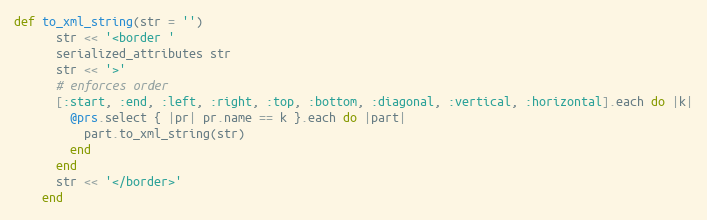
Language: Ruby
def to_xml_string(str = '')
      str << '<border '
      serialized_attributes str
      str << '>'
      # enforces order
      [:start, :end, :left, :right, :top, :bottom, :diagonal, :vertical, :horizontal].each do |k|
        @prs.select { |pr| pr.name == k }.each do |part|
          part.to_xml_string(str)
        end
      end
      str << '</border>'
    end